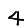
Digit: 4